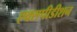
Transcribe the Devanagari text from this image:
एक्सपीडीशन